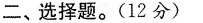
二、选择题。(12分)